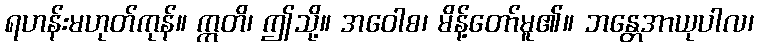
ရဟန်းမဟုတ်ကုန်။ ဣတိ၊ ဤသို့။ အဝေါစ၊ မိန့်တော်မူ၏။ ဘန္တေအာယုပါလ၊